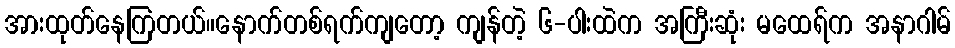
အားထုတ်နေကြတယ်။နောက်တစ်ရက်ကျတော့ ကျန်တဲ့ ၆-ပါးထဲက အကြီးဆုံး မထေရ်က အနာဂါမ်